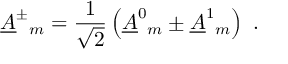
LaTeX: \underline { { { A } } } ^ { \pm } { } _ { m } = \frac { 1 } { \sqrt { 2 } } \left( \underline { { { A } } } ^ { 0 } { } _ { m } \pm \underline { { { A } } } ^ { 1 } { } _ { m } \right) \ .